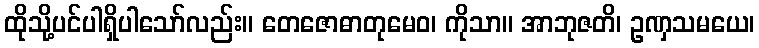
ထိုသို့ပင်ပါရှိပါသော်လည်း။ တေဇောဓာတုမေဝ၊ ကိုသာ။ အာဘုဇတိ၊ ဥဏှသမယေ၊